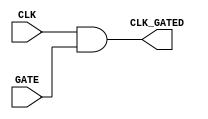
module clock_gating_cell (
    input wire CLK,        // Primary clock input
    input wire GATE,      // Gating signal
    output wire CLK_GATED  // Gated clock output
);
    assign CLK_GATED = CLK & GATE; // AND gate for clock gating
endmodule